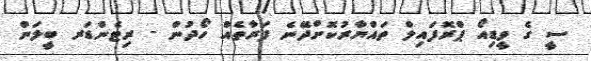
ސީ ގެ ވީޑިއޯ ޕްރޮފައިލް ތައްޔާރުކޮށްދޭނެ ފަރާތެއް ހޯދުން - ރިޓެންޑަރ ބީލަން